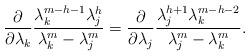
LaTeX: \begin{align*}\frac{\partial}{\partial\lambda_k}\frac{\lambda_k^{m-h-1}\lambda_j^h}{\lambda_k^m-\lambda_j^m}=\frac{\partial}{\partial\lambda_j}\frac{\lambda_j^{h+1}\lambda_k^{m-h-2}}{\lambda_j^m-\lambda_k^m}.\end{align*}